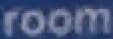
room